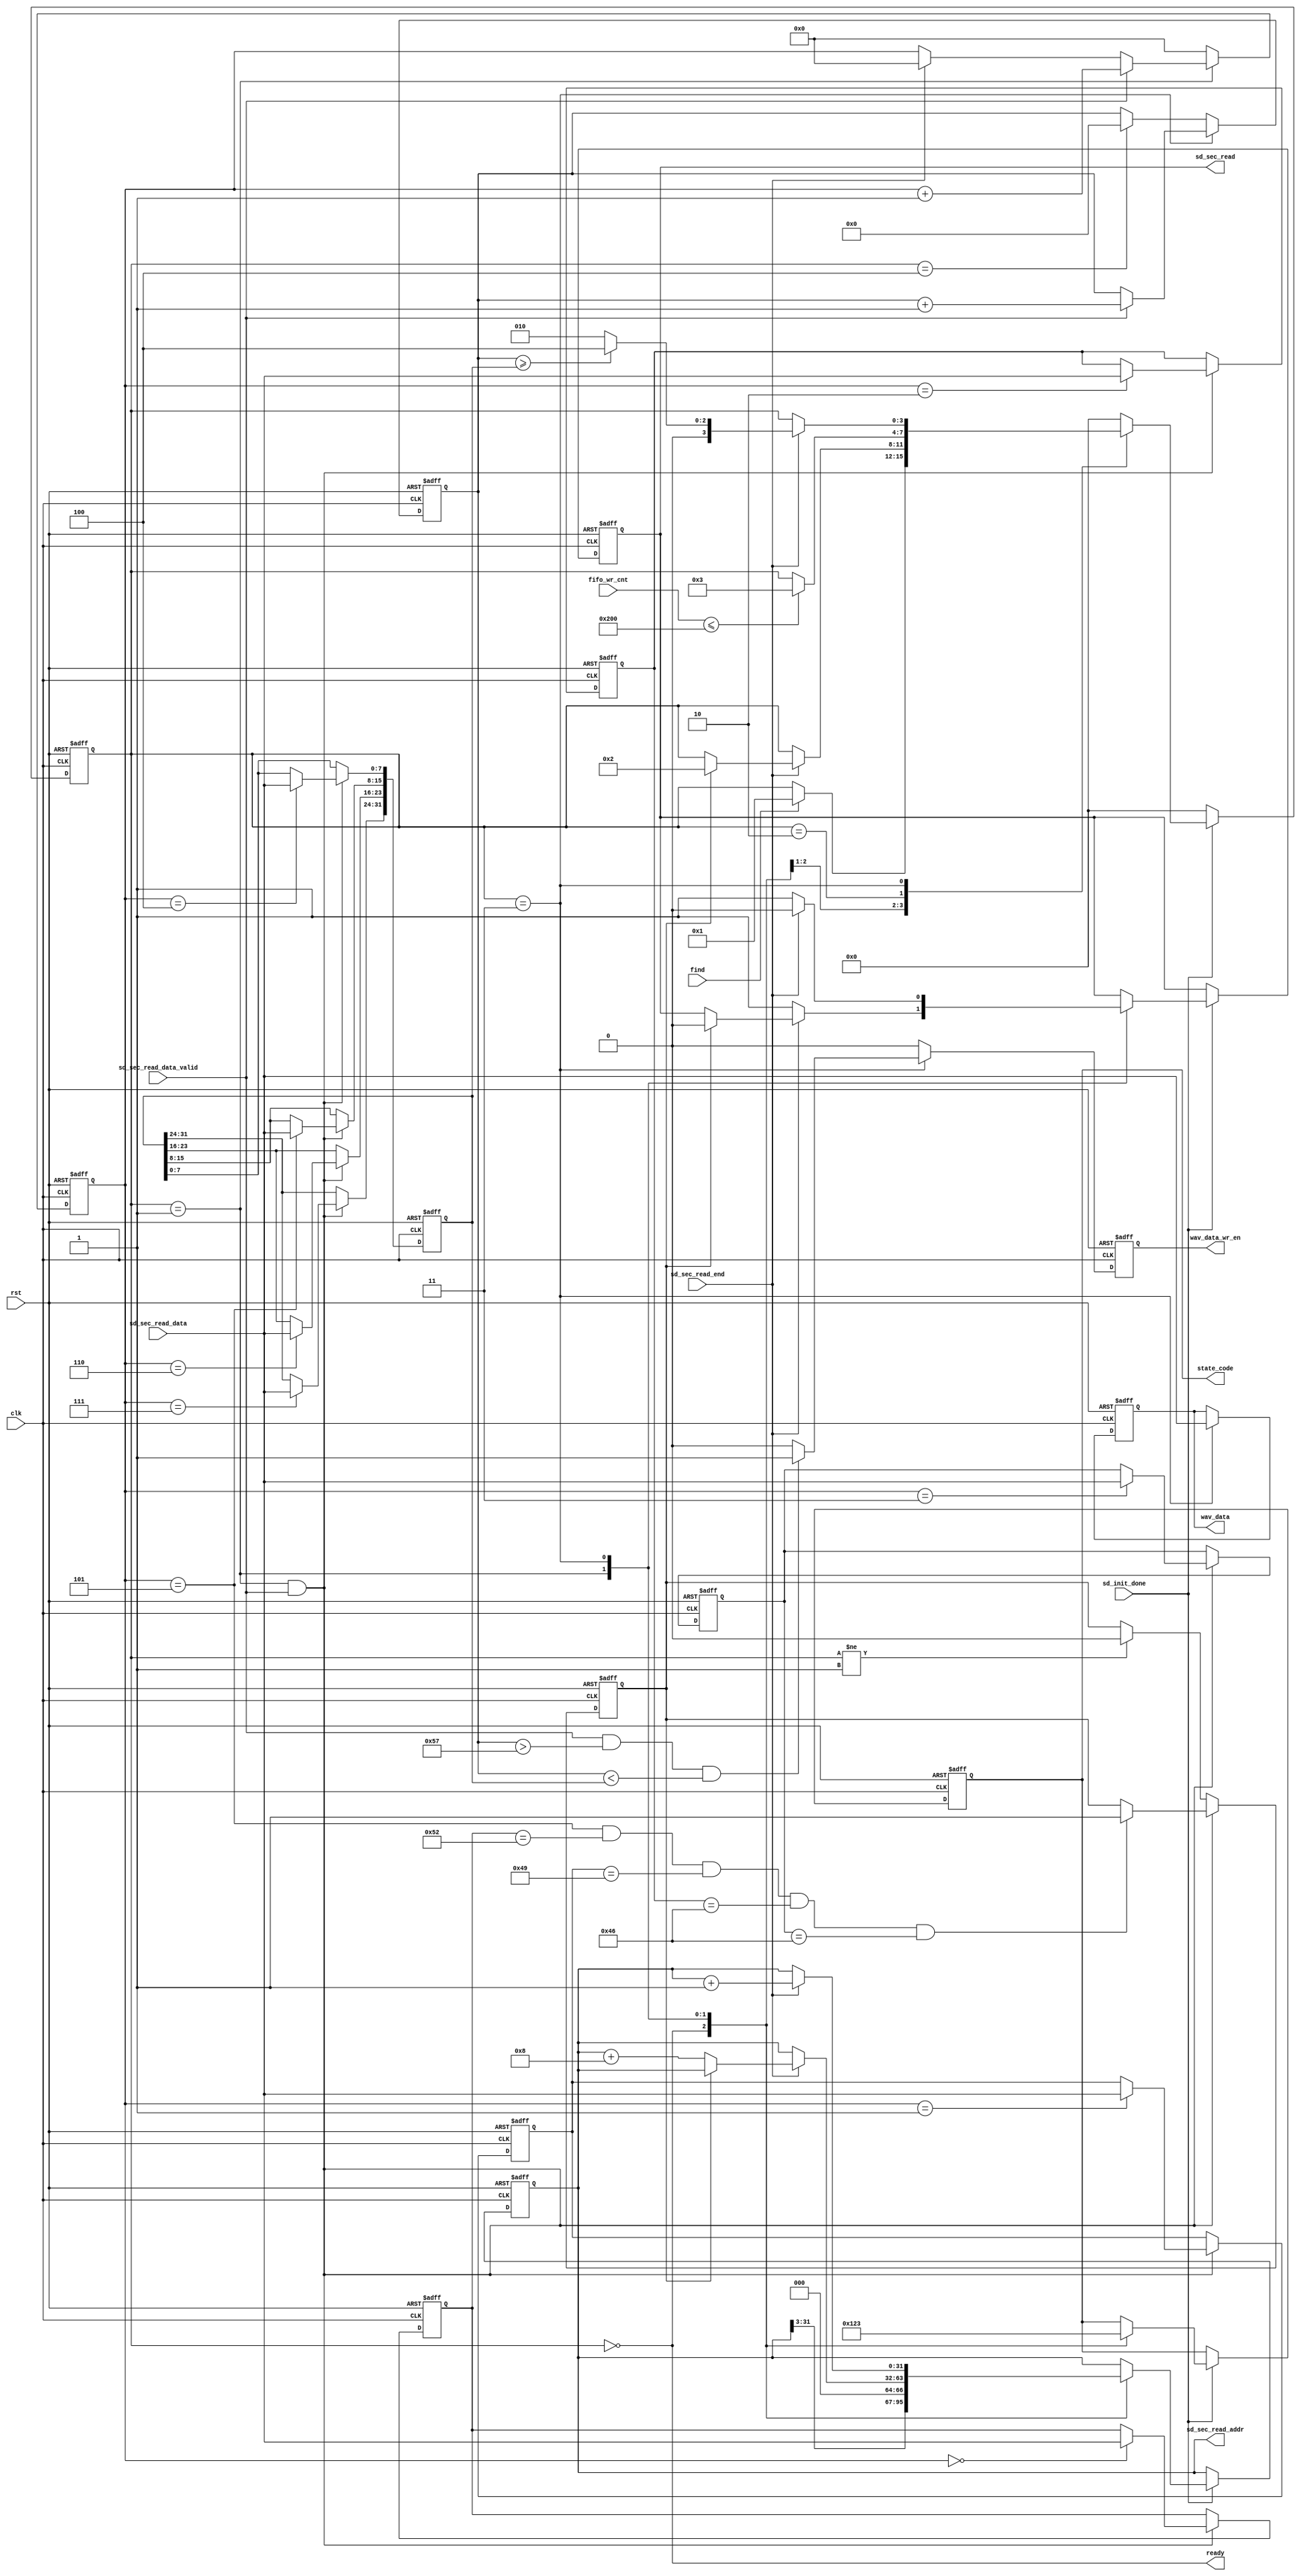
//////////////////////////////////////////////////////////////////////////////////
//                                                                              //
//                                                                              //
//          msq@qq.com                                                          //
//          ALINX(shanghai) Technology Co.,Ltd                                  //
//          heijin                                                              //
//     WEB: http://www.alinx.cn/                                                //
//     BBS: http://www.heijin.org/                                              //
//                                                                              //
//////////////////////////////////////////////////////////////////////////////////
//                                                                              //
// Copyright (c) 2017,ALINX(shanghai) Technology Co.,Ltd                        //
//                    All rights reserved                                       //
//                                                                              //
// This source file may be used and distributed without restriction provided    //
// that this copyright statement is not removed from the file and that any      //
// derivative work contains the original copyright notice and the associated    //
// disclaimer.                                                                  //
//                                                                              //
//////////////////////////////////////////////////////////////////////////////////

//==========================================================================
//  Revision History:
//  Date          By            Revision    Change Description
//--------------------------------------------------------------------------
//  2017/7/14    meisq         1.0         Original
//*************************************************************************/
module wav_read(
	input                   clk,
	input                   rst,
	output                  ready,
	input                   find,
	input                   sd_init_done,                //SD card initialization completed
	output reg[3:0]         state_code,                  //state indication coding,
														 // 0:SD card is initializing,
														 // 1:wait for the button to press
														 // 2:looking for the WAV file
														 // 3:playing
	output reg              sd_sec_read,                 //SD card sector read
	output reg[31:0]        sd_sec_read_addr,            //SD card sector read address
	input[7:0]              sd_sec_read_data,            //SD card sector read data
	input                   sd_sec_read_data_valid,      //SD card sector read data valid
	input                   sd_sec_read_end,             //SD card sector read end
	input[15:0]             fifo_wr_cnt,                 //fifo write used words
	output reg              wav_data_wr_en,              //wav audio data write enable
	output reg[7:0]         wav_data                     //wav audio data
);
parameter  FIFO_DEPTH     = 1024;
localparam S_IDLE         = 0;
localparam S_FIND         = 1;
localparam S_PLAY_WAIT    = 2;
localparam S_PLAY         = 3;
localparam S_END          = 4;

localparam HEADER_SIZE    = 88;

reg[3:0]         state;               //state machine
reg[9:0]         rd_cnt;              //sector read counter
reg[7:0]         header_0;            //first byte of the SD card sector
reg[7:0]         header_1;            //second byte of the SD card sector
reg[7:0]         header_2;            //third byte of the SD card sector
reg[7:0]         header_3;            //fourth byte of the SD card sector
reg[31:0]        file_len;            //wav file length
reg[31:0]        play_cnt;            //play counter
reg              found;               //find a wav file

assign ready = (state == S_IDLE);
always@(posedge clk or posedge rst)
begin
	if(rst == 1'b1)
		rd_cnt <= 10'd0;
	else if(state == S_FIND)
	begin
		if(sd_sec_read_data_valid == 1'b1)
			rd_cnt <= rd_cnt + 10'd1;
		else if(sd_sec_read_end == 1'b1)
			rd_cnt <= 10'd0;
	end
	else
		rd_cnt <= 10'd0;
end

always@(posedge clk or posedge rst)
begin
	if(rst == 1'b1)
	begin
		header_0 <= 8'd0;
		header_1 <= 8'd0;
		header_2 <= 8'd0;
		header_3 <= 8'd0;
		file_len <= 32'd0;
		found <= 1'b0;
	end
	else if(state == S_FIND && sd_sec_read_data_valid == 1'b1)
	begin
		//file header
		if(rd_cnt == 10'd0)
			header_0 <= sd_sec_read_data;
		if(rd_cnt == 10'd1)
			header_1 <= sd_sec_read_data;
		if(rd_cnt == 10'd2)
			header_2 <= sd_sec_read_data;
		if(rd_cnt == 10'd3)
			header_3 <= sd_sec_read_data;
		//file length
		if(rd_cnt == 10'd4)
			file_len[7:0] <= sd_sec_read_data;
		if(rd_cnt == 10'd5)
			file_len[15:8] <= sd_sec_read_data;
		if(rd_cnt == 10'd6)
			file_len[23:16] <= sd_sec_read_data;
		if(rd_cnt == 10'd7)
			file_len[31:24] <= sd_sec_read_data;
		//wav file header is 'RIFF',in a sector  the first 4 bytes are "RIFF"
		if(rd_cnt == 10'd5 && header_0 == "R" && header_1 == "I" && header_2 == "F" && header_3 == "F")
			found <= 1'b1;
	end
	else if(state != S_FIND)
		found <= 1'b0;
end
//play length counter
always@(posedge clk or posedge rst)
begin
	if(rst == 1'b1)
		play_cnt <= 32'd0;
	else if(state == S_PLAY)
	begin
		if(sd_sec_read_data_valid == 1'b1)
			play_cnt <= play_cnt + 32'd1;
	end
	else if(state == S_END)
		play_cnt <= 32'd0;
end

always@(posedge clk or posedge rst)
begin
	if(rst == 1'b1)
	begin
		wav_data_wr_en <= 1'b0;
		wav_data <= 8'd0;
	end
	else if(state == S_PLAY)
	begin
		//wav file header 88 bytes remove
		if(sd_sec_read_data_valid == 1'b1 && play_cnt > 32'd87 && play_cnt < file_len)
			wav_data_wr_en <= 1'b1;
		else
			wav_data_wr_en <= 1'b0;
		wav_data <= sd_sec_read_data;
	end
	else
		wav_data_wr_en <= 1'b0;

end

always@(posedge clk or posedge rst)
begin
	if(rst == 1'b1)
	begin
		state <= S_IDLE;
		sd_sec_read <= 1'b0;
		//search start address
		sd_sec_read_addr <= 32'd32000;
		state_code <= 4'd0;
	end else if(sd_init_done == 1'b0)
	begin
		state <= S_IDLE;
	end
	else
		case(state)
			S_IDLE:
			begin
				state_code <= 4'd1;
				if(find == 1'b1)
					state <= S_FIND;
				sd_sec_read_addr <= {sd_sec_read_addr[31:3],3'd0};//address 8 aligned
			end
			S_FIND:
			begin
				state_code <= 4'd2;
				if(sd_sec_read_end == 1'b1)
				begin
					//if you find a wav file, play it
					if(found == 1'b1)
					begin
						state <= S_PLAY_WAIT;
						sd_sec_read <= 1'b0;
					end
					else
					begin
						//search every 8 sectors(4K)
						sd_sec_read_addr <= sd_sec_read_addr + 32'd8;
					end
				end
				else
				begin
					sd_sec_read <= 1'b1;
				end
			end
			S_PLAY_WAIT:
			begin
				if(fifo_wr_cnt <= (FIFO_DEPTH - 512))
					state <= S_PLAY;
			end
			S_PLAY:
			begin
				state_code <= 4'd3;
				if(sd_sec_read_end == 1'b1)
				begin
					sd_sec_read_addr <= sd_sec_read_addr + 32'd1;
					sd_sec_read <= 1'b0;
					if(play_cnt >= file_len)
						state <= S_END;
					else
						state <= S_PLAY_WAIT;
				end
				else
				begin
					sd_sec_read <= 1'b1;
				end
			end
			S_END:
				state <= S_IDLE;
			default:
				state <= S_IDLE;
		endcase
end
endmodule